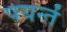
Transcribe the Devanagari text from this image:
पयर्न्तं